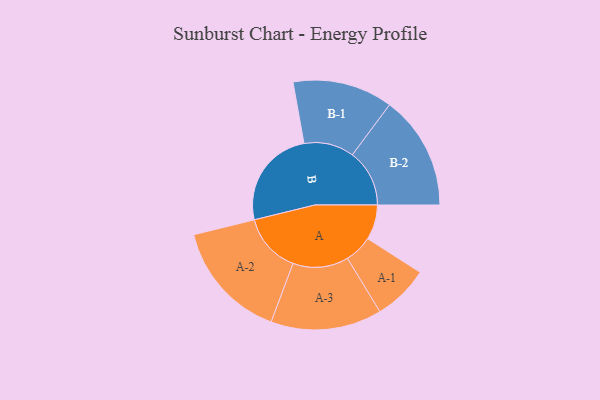
{"axis": {"x": "Segment", "y": "Value"}, "legend": ["", "A", "B"], "data": [{"x": "A", "y": 154, "type": ""}, {"x": "B", "y": 442, "type": ""}, {"x": "A-1", "y": 123, "type": "A"}, {"x": "A-2", "y": 263, "type": "A"}, {"x": "A-3", "y": 245, "type": "A"}, {"x": "B-1", "y": 221, "type": "B"}, {"x": "B-2", "y": 252, "type": "B"}]}